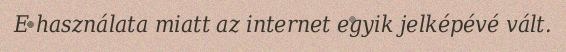
E használata miatt az internet egyik jelképévé vált.